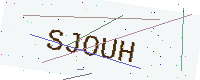
Text: SJOUH